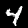
Label: 4